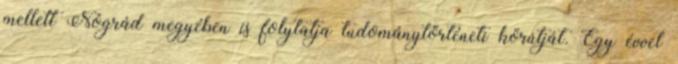
mellett Nógrád megyében is folytatja tudománytörténeti körútját. Egy évvel